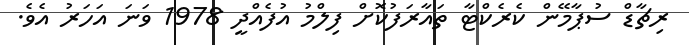
ރިޗާޑް ސުޕާމޭން ކެރެކްޓާ ތައާރަފުކޮށް ފިލްމު އުފެއްދީ 1978 ވަނަ އަހަރު އެވެ.